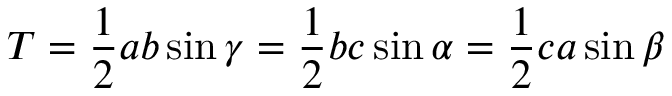
T = { \frac { 1 } { 2 } } a b \sin \gamma = { \frac { 1 } { 2 } } b c \sin \alpha = { \frac { 1 } { 2 } } c a \sin \beta